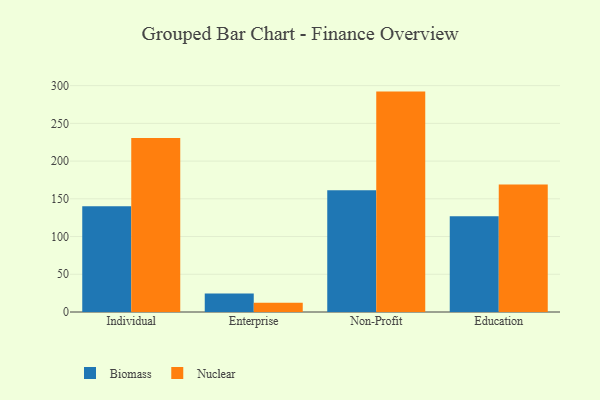
{"axis": {"x": "Segment", "y": "Budget (USD K)"}, "legend": ["Biomass", "Nuclear"], "data": [{"x": "Individual", "y": 140.2, "type": "Biomass"}, {"x": "Individual", "y": 230.6, "type": "Nuclear"}, {"x": "Enterprise", "y": 24.6, "type": "Biomass"}, {"x": "Enterprise", "y": 12.3, "type": "Nuclear"}, {"x": "Non-Profit", "y": 161.4, "type": "Biomass"}, {"x": "Non-Profit", "y": 292.1, "type": "Nuclear"}, {"x": "Education", "y": 126.9, "type": "Biomass"}, {"x": "Education", "y": 168.9, "type": "Nuclear"}]}